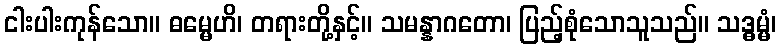
ငါးပါးကုန်သော။ ဓမ္မေဟိ၊ တရားတို့နှင့်။ သမန္နာဂတော၊ ပြည့်စုံသောသူသည်။ သဒ္ဓမ္မံ၊